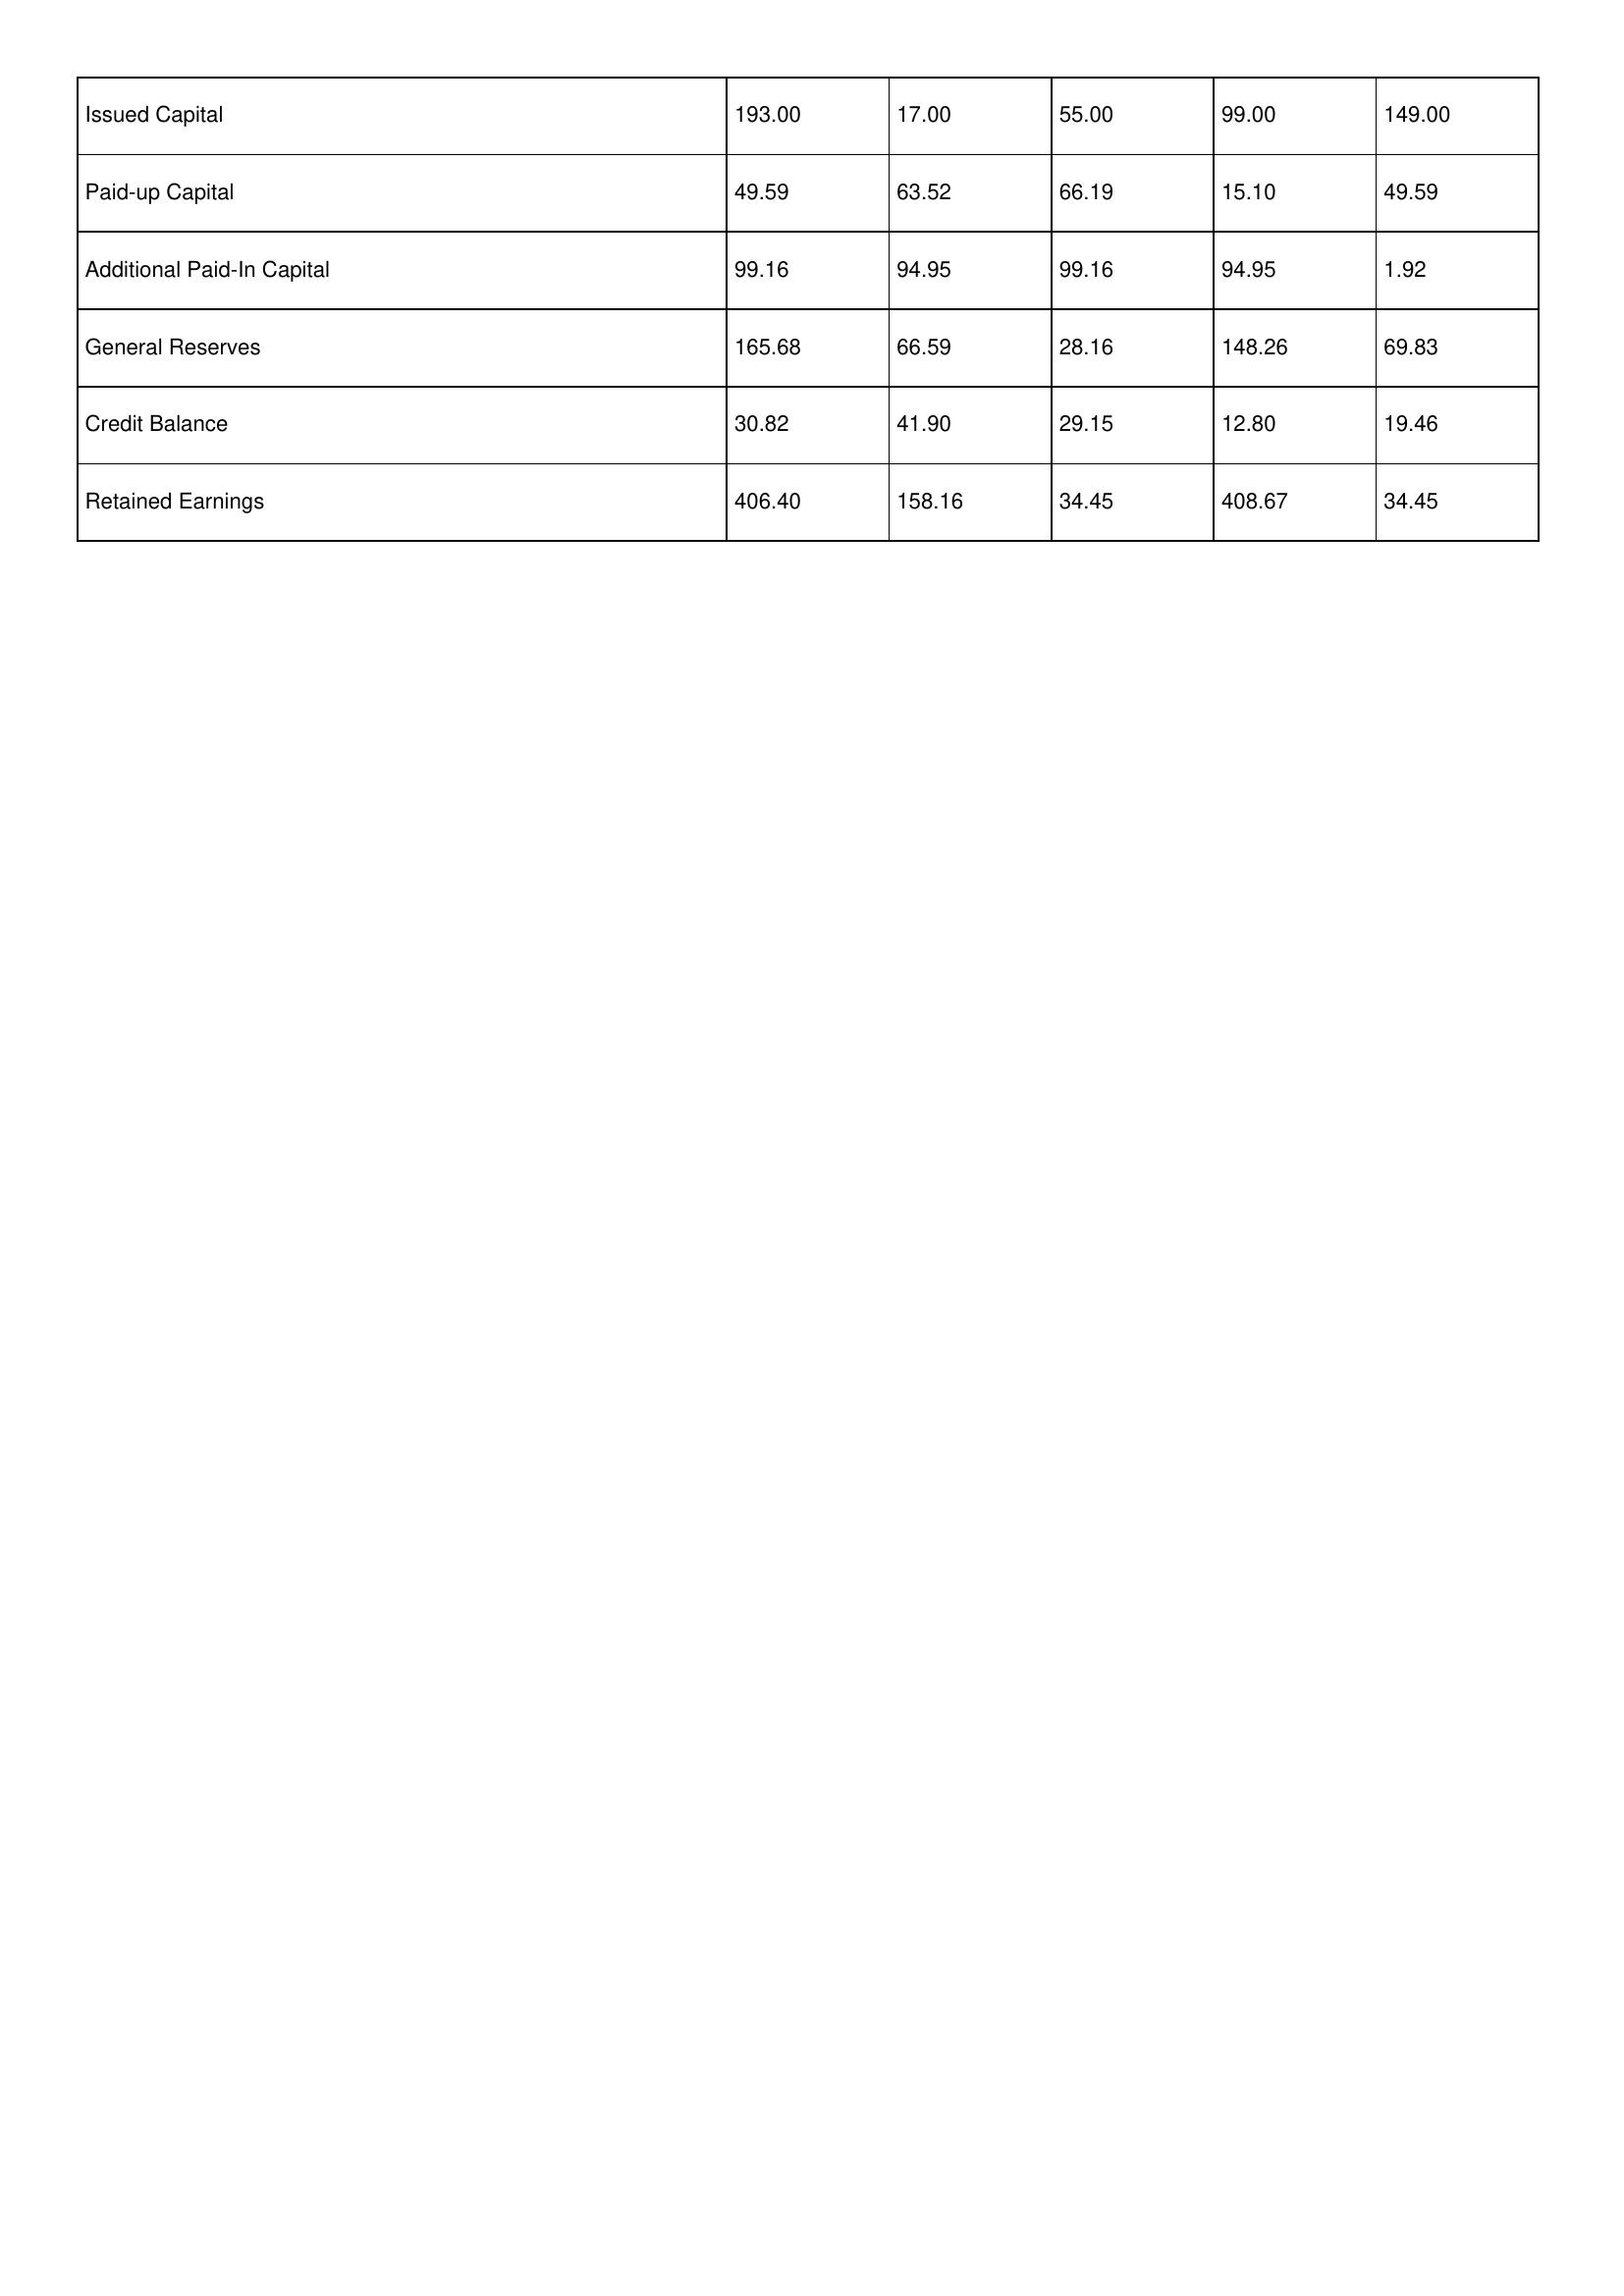
gt_parse: 2004: Issued Capital: 193.00
Paid-up Capital: 49.59
Additional Paid-In Capital: 99.16
General Reserves: 165.68
Credit Balance: 30.82
Retained Earnings: 406.40
2003: Issued Capital: 17.00
Paid-up Capital: 63.52
Additional Paid-In Capital: 94.95
General Reserves: 66.59
Credit Balance: 41.90
Retained Earnings: 158.16
2002: Issued Capital: 55.00
Paid-up Capital: 66.19
Additional Paid-In Capital: 99.16
General Reserves: 28.16
Credit Balance: 29.15
Retained Earnings: 34.45
2001: Issued Capital: 99.00
Paid-up Capital: 15.10
Additional Paid-In Capital: 94.95
General Reserves: 148.26
Credit Balance: 12.80
Retained Earnings: 408.67
2000: Issued Capital: 149.00
Paid-up Capital: 49.59
Additional Paid-In Capital: 1.92
General Reserves: 69.83
Credit Balance: 19.46
Retained Earnings: 34.45